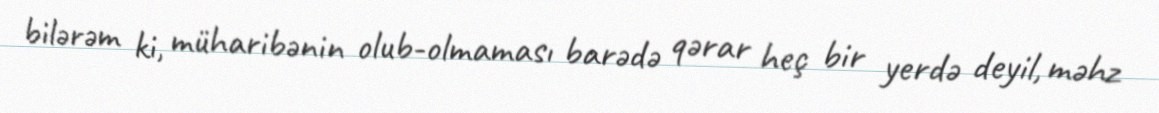
bilərəm ki, müharibənin olub-olmaması barədə qərar heç bir yerdə deyil, məhz